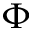
\Phi